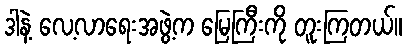
ဒါနဲ့ လေ့လာရေးအဖွဲ့က မြေကြီးကို တူးကြတယ်။